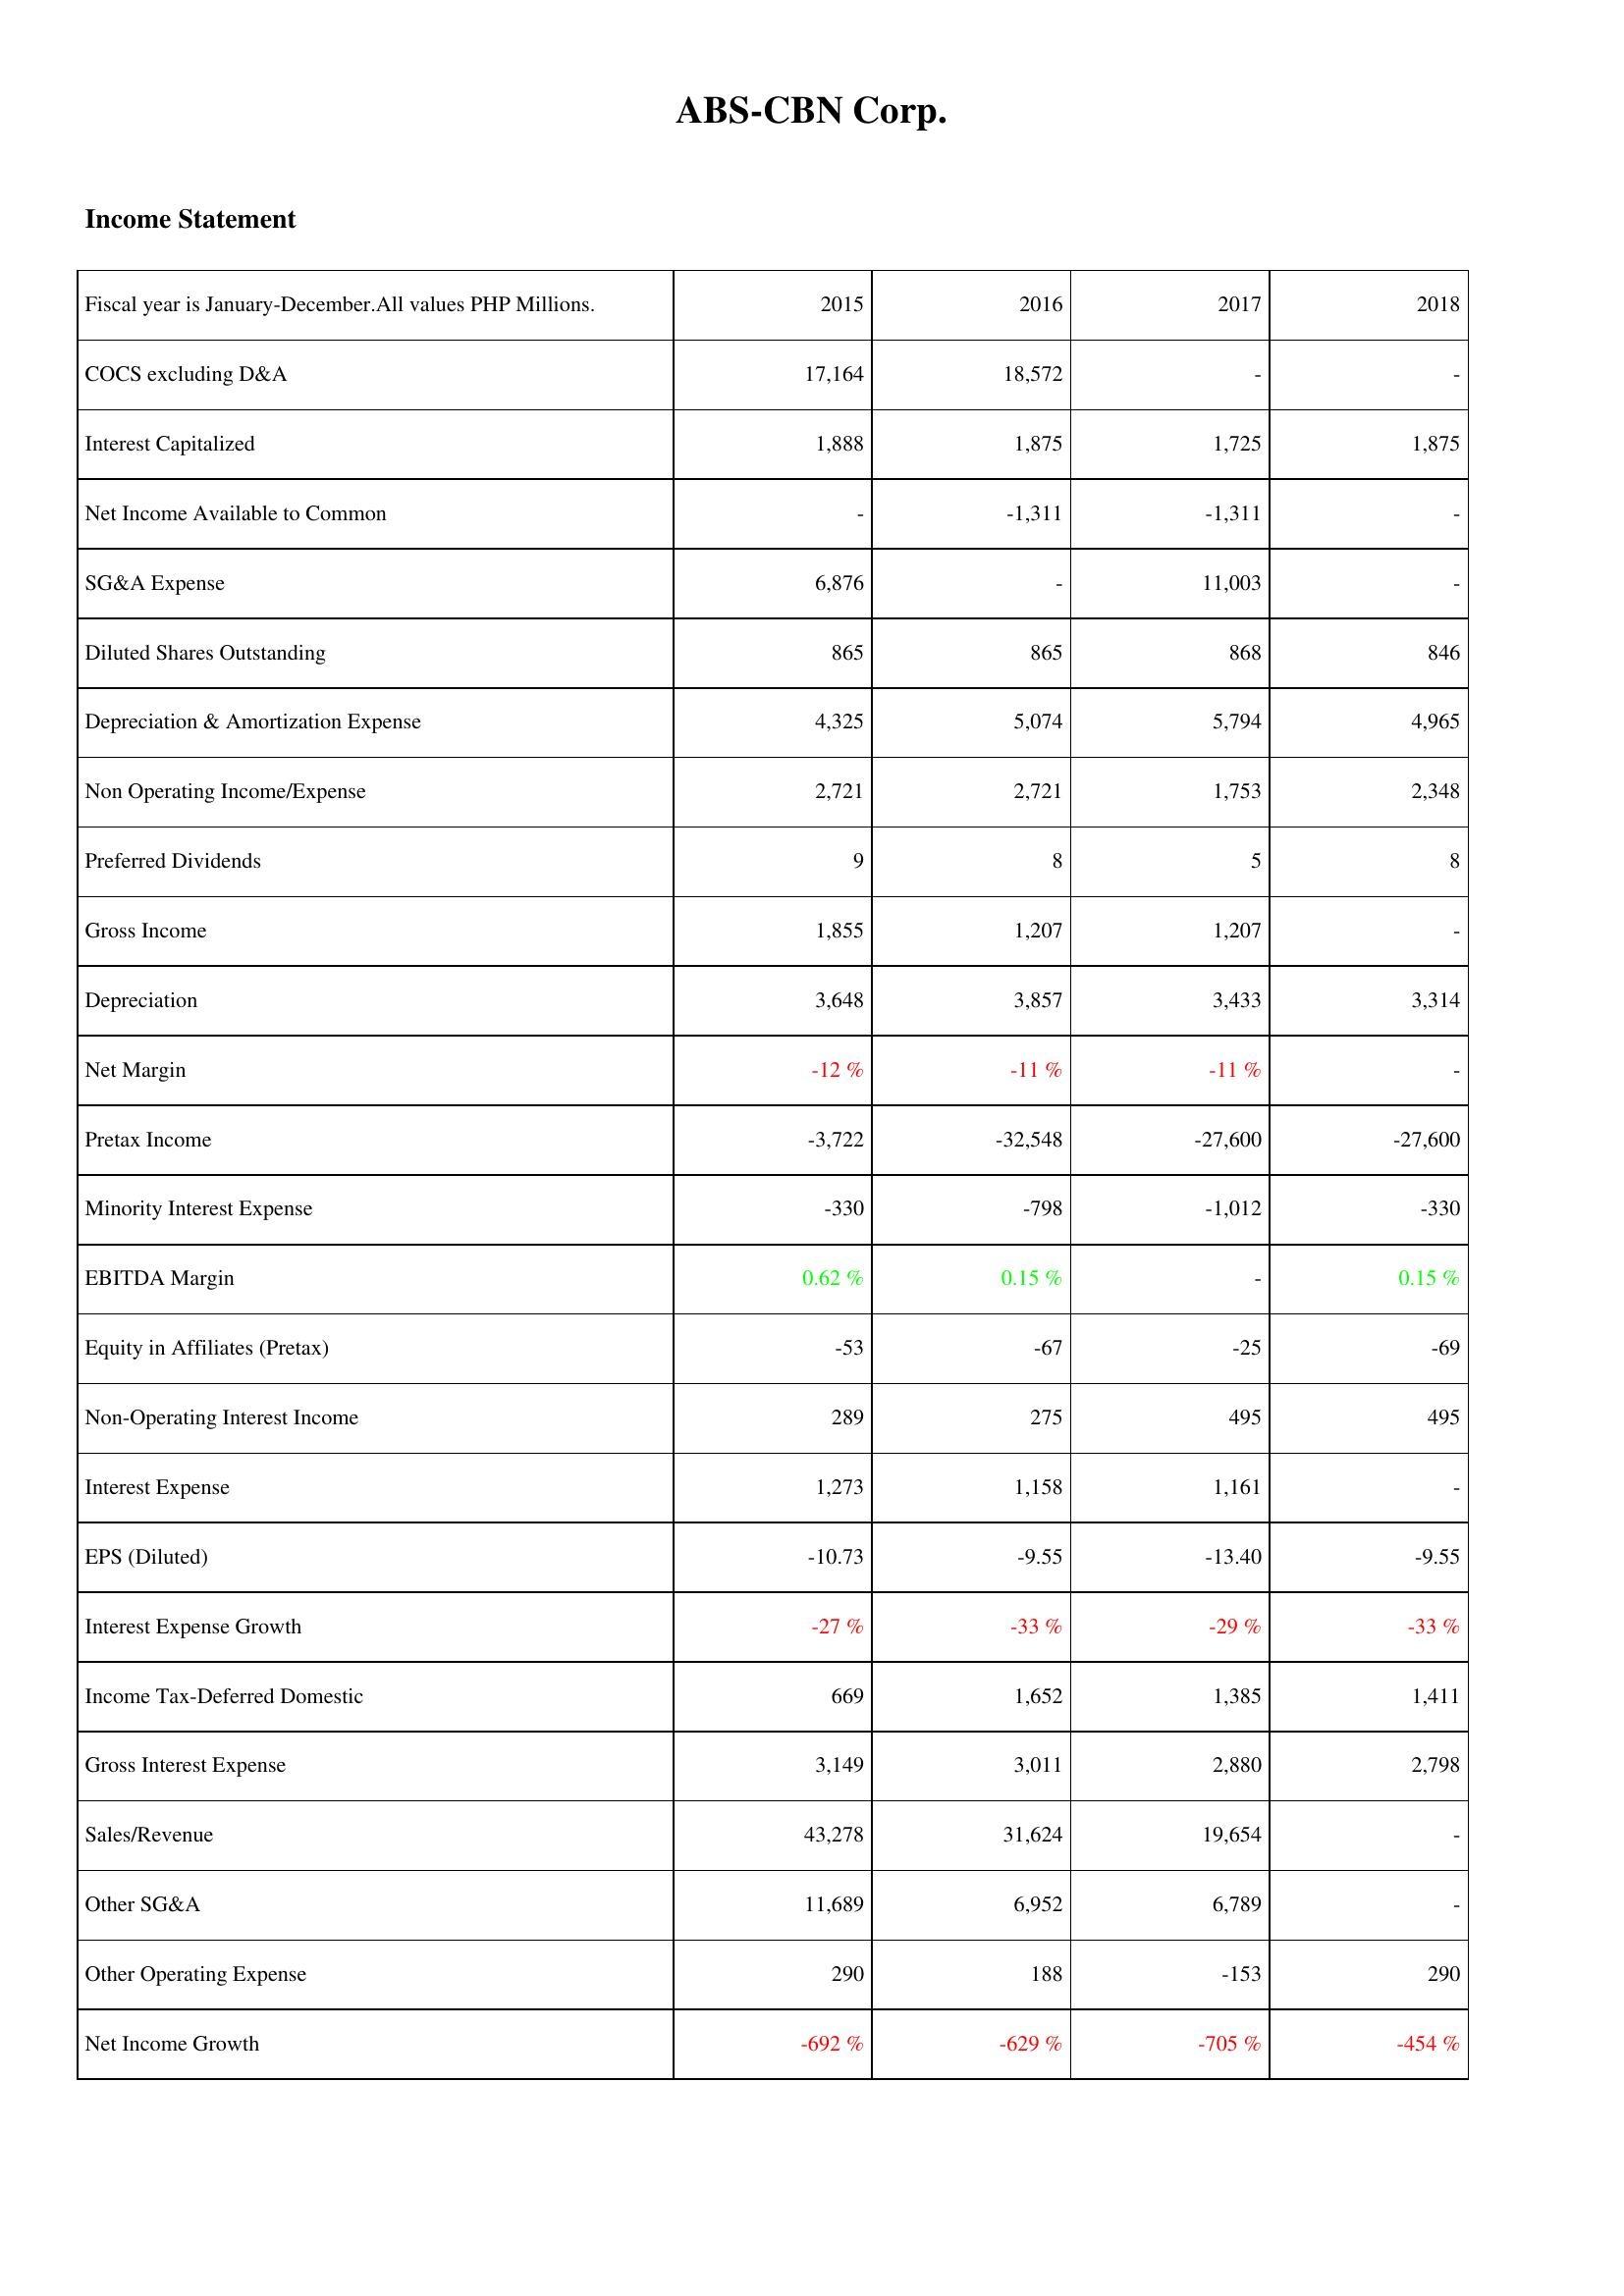
2015: Income Statement: COCS excluding D&A: 17,164
Interest Capitalized: 1,888
Net Income Available to Common: -
SG&A Expense: 6,876
Diluted Shares Outstanding: 865
Depreciation & Amortization Expense: 4,325
Non Operating Income/Expense: 2,721
Preferred Dividends: 9
Gross Income: 1,855
Depreciation: 3,648
Net Margin: -12 %
Pretax Income: -3,722
Minority Interest Expense: -330
EBITDA Margin: 0.62 %
Equity in Affiliates (Pretax): -53
Non-Operating Interest Income: 289
Interest Expense: 1,273
EPS (Diluted): -10.73
Interest Expense Growth: -27 %
Income Tax-Deferred Domestic: 669
Gross Interest Expense: 3,149
Sales/Revenue: 43,278
Other SG&A: 11,689
Other Operating Expense: 290
Net Income Growth: -692 %
2016: Income Statement: COCS excluding D&A: 18,572
Interest Capitalized: 1,875
Net Income Available to Common: -1,311
SG&A Expense: -
Diluted Shares Outstanding: 865
Depreciation & Amortization Expense: 5,074
Non Operating Income/Expense: 2,721
Preferred Dividends: 8
Gross Income: 1,207
Depreciation: 3,857
Net Margin: -11 %
Pretax Income: -32,548
Minority Interest Expense: -798
EBITDA Margin: 0.15 %
Equity in Affiliates (Pretax): -67
Non-Operating Interest Income: 275
Interest Expense: 1,158
EPS (Diluted): -9.55
Interest Expense Growth: -33 %
Income Tax-Deferred Domestic: 1,652
Gross Interest Expense: 3,011
Sales/Revenue: 31,624
Other SG&A: 6,952
Other Operating Expense: 188
Net Income Growth: -629 %
2017: Income Statement: COCS excluding D&A: -
Interest Capitalized: 1,725
Net Income Available to Common: -1,311
SG&A Expense: 11,003
Diluted Shares Outstanding: 868
Depreciation & Amortization Expense: 5,794
Non Operating Income/Expense: 1,753
Preferred Dividends: 5
Gross Income: 1,207
Depreciation: 3,433
Net Margin: -11 %
Pretax Income: -27,600
Minority Interest Expense: -1,012
EBITDA Margin: -
Equity in Affiliates (Pretax): -25
Non-Operating Interest Income: 495
Interest Expense: 1,161
EPS (Diluted): -13.40
Interest Expense Growth: -29 %
Income Tax-Deferred Domestic: 1,385
Gross Interest Expense: 2,880
Sales/Revenue: 19,654
Other SG&A: 6,789
Other Operating Expense: -153
Net Income Growth: -705 %
2018: Income Statement: COCS excluding D&A: -
Interest Capitalized: 1,875
Net Income Available to Common: -
SG&A Expense: -
Diluted Shares Outstanding: 846
Depreciation & Amortization Expense: 4,965
Non Operating Income/Expense: 2,348
Preferred Dividends: 8
Gross Income: -
Depreciation: 3,314
Net Margin: -
Pretax Income: -27,600
Minority Interest Expense: -330
EBITDA Margin: 0.15 %
Equity in Affiliates (Pretax): -69
Non-Operating Interest Income: 495
Interest Expense: -
EPS (Diluted): -9.55
Interest Expense Growth: -33 %
Income Tax-Deferred Domestic: 1,411
Gross Interest Expense: 2,798
Sales/Revenue: -
Other SG&A: -
Other Operating Expense: 290
Net Income Growth: -454 %